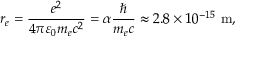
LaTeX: r _ { e } = { \frac { e ^ { 2 } } { 4 \pi \varepsilon _ { 0 } m _ { e } c ^ { 2 } } } = \alpha { \frac { \hbar } { m _ { e } c } } \approx 2 . 8 \times 1 0 ^ { - 1 5 } ~ { \mathrm { m } } ,